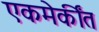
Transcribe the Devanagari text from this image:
एकमेकींत